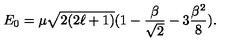
E _ { 0 } = \mu \sqrt { 2 ( 2 \ell + 1 ) } ( 1 - \frac { \beta } { \sqrt { 2 } } - 3 \frac { \beta ^ { 2 } } { 8 } ) .